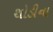
થોડીના